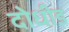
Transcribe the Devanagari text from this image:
दोधीड